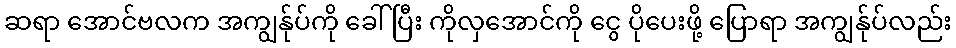
ဆရာ အောင်ဗလက အကျွန်ုပ်ကို ခေါ်ပြီး ကိုလှအောင်ကို ငွေ ပိုပေးဖို့ ပြောရာ အကျွန်ုပ်လည်း